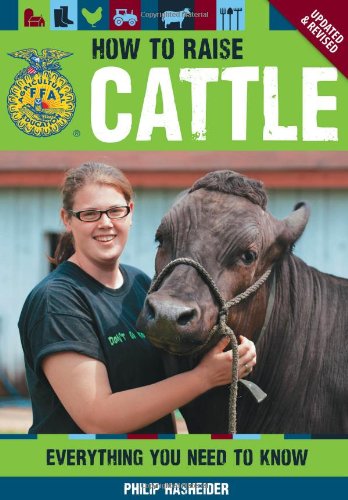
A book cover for How to Raise Cattle: Everything You Need to Know, Updated & Revised (FFA); Philip Hasheider; Business & Money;